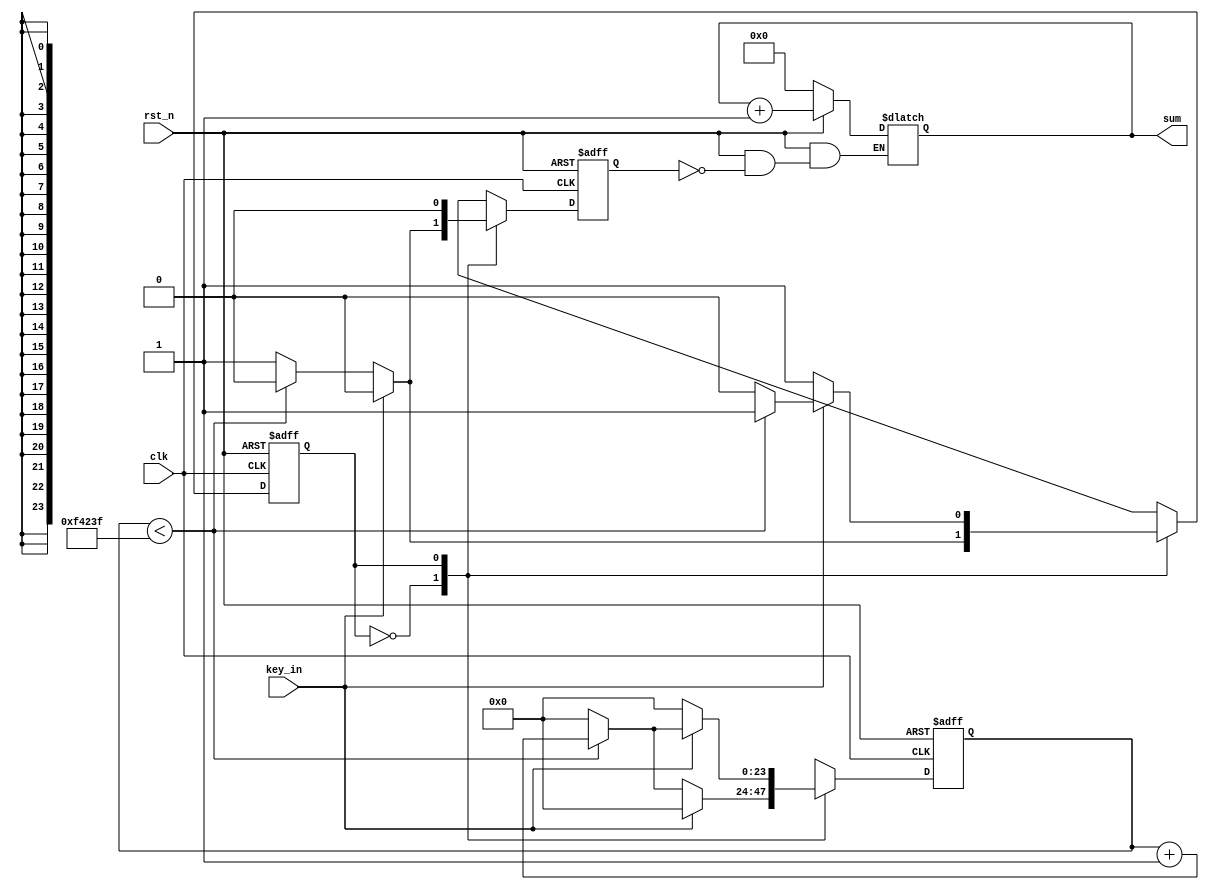
module pulse (
	input clk,    // Clock
	input 	key_in,   //,
	input rst_n,  // Asynchronous reset active low
	output reg [3:0]sum
);

	reg state;
	reg [23:0]counter;
	reg flag;  //1,

	parameter counter_num = 50_000_000 / 50 - 1;        // 20ms   50Hz, 0

	always @(posedge clk or negedge rst_n) 
	begin : proc_
		if(~rst_n)                        //reg
			begin
				state <= 1'b0;
				// sum <= 4'd0;
				counter <= 24'd0;
				flag <= 1'd0;     //
			end
		else
			begin
				case (state)
					1'b0	:	
						begin
								if(!key_in)      //
									begin
										if(counter < counter_num) 
											begin
												counter <= counter + 1;
												flag <= 0;
												state <= 0;
											end
										else                         //
											begin
												counter  <=0;
												flag <= 1;
												state <= 1;     //
											end

									end
								else
									begin
										state <= 1'b0;
										// sum <= 4'd0;
										counter <= 24'd0;
										flag <= 1'd0;     //
									end
						end
					1'b1	:	
						begin
							flag <= 0;     //

							if(key_in)      //
								begin
									if(counter < counter_num) 
										begin
											counter <= counter + 1;
											flag <= 0;
											state <= 1;
										end
									else                         //
										begin
											counter  <=0;
											flag <= 0;        //	flag <= 11flag
											state <= 0;     //
										end

								end
							else
								begin
									state <= 1'b1;
									// sum <= 4'd0;
									counter <= 24'd0;
									flag <= 1'd0;     //
								end
						end

				endcase
			end
	end

always @ (*)        //sum
begin : proc_2
	if(~rst_n) 
		begin
			sum = 4'd0;
		end 
	else 
		begin
			 if(flag) 
				 begin
				 	sum = sum +1;
				 end
			 else
			 	begin
			 		sum = sum;    //
			 	end
		end
end



endmodule